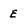
Character: E